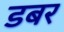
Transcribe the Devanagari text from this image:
डबर